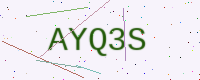
Text: AYQ3S